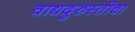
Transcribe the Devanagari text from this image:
वाद्यदुरुस्तीचा